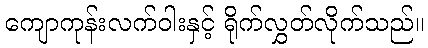
ကျောကုန်းလက်ဝါးနှင့် ရိုက်လွှတ်လိုက်သည်။